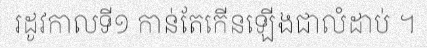
រដូវកាលទី១ កាន់តែកើនឡើងជាលំដាប់ ។